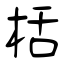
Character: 栝